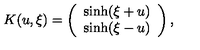
K ( u , \xi ) = \left( \begin{array} { c } { \sinh ( \xi + u ) } \\ { \sinh ( \xi - u ) } \\ \end{array} \right) ,